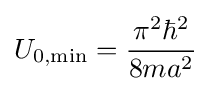
U_{0,\mathrm {min} }={\frac {\pi ^{2}\hbar ^{2}}{8ma^{2}}}